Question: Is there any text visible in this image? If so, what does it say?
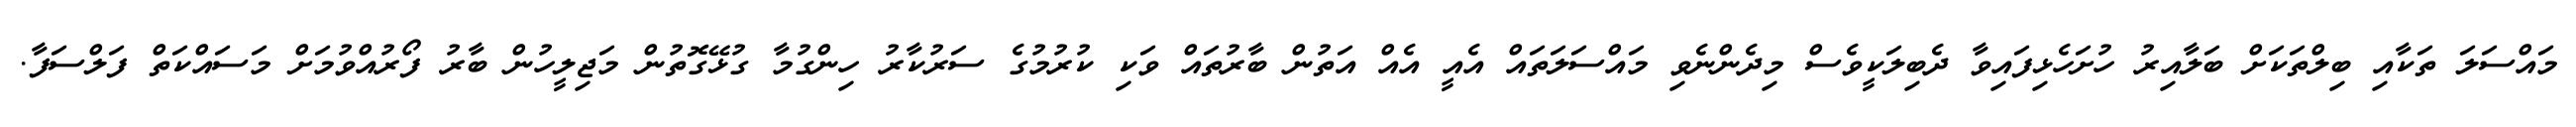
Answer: މައްސަލަ ތަކާއި ބިލްތަކަށް ބަލާއިރު ހުށަހެޅިފައިވާ ދެބިލަކީވެސް މިދެންނެވި މައްސަލަތައް އެއީ އެއް އަތުން ބާރުތައް ވަކި ކުރުމުގެ ސަރުކާރު ހިންގުމާ ގުޅޭގޮތުން މަޖިލީހުން ބާރު ފޯރުއްވުމަށް މަސައްކަތް ފަލްސަފާ.